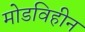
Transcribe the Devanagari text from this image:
मोडविहीन